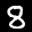
Label: 8